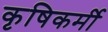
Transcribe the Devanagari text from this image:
कृषिकर्मी